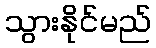
သွားနိုင်မည်